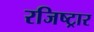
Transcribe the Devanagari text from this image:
रजिष्ट्रार